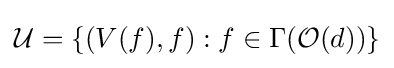
{\mathcal {U}}=\{(V(f),f):f\in \Gamma ({\mathcal {O}}(d))\}